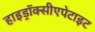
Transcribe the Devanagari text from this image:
हाइड्रॉक्सीएपेटाइट